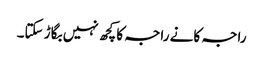
راجہ کانے راجہ کا کچھ نہیں بگاڑ سکتا۔